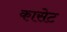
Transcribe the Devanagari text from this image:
कासेट